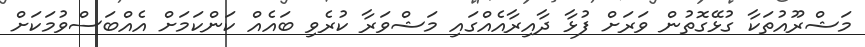
މަޝްރޫއުތަކާ ގުޅޭގޮތުން ވަރަށް ފުޅާ ދާއިރާއެއްގައި މަޝްވަރާ ކުރެވި ބައެއް ކަންކަމަށް އެއްބަސްވުމަކަށް